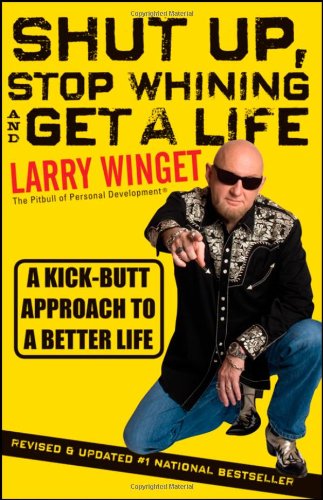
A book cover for Shut Up, Stop Whining, and Get a Life: A Kick-Butt Approach to a Better Life; Larry Winget; Comics & Graphic Novels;